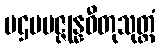
ပဌမပဇ္ဇုန္နဓီတုသုတ္တံ